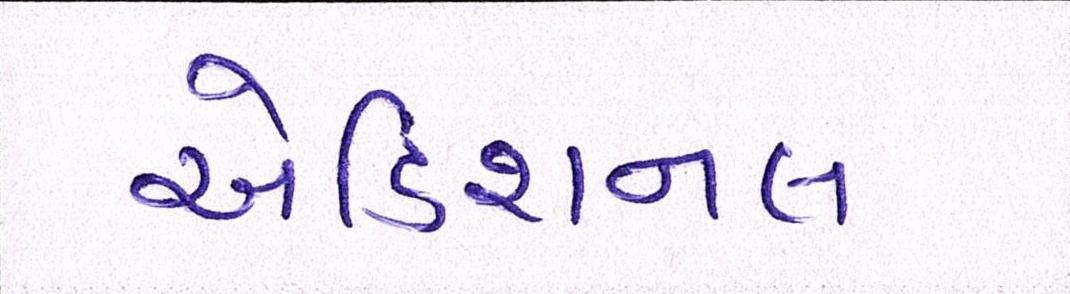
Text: એડિશનલ